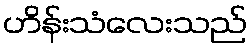
ဟိန်းသံလေးသည်